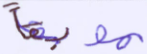
موبقا